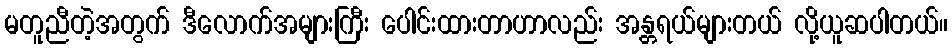
မတူညီတဲ့အတွက် ဒီလောက်အများကြီး ပေါင်းထားတာဟာလည်း အန္တရယ်များတယ် လို့ယူဆပါတယ်။